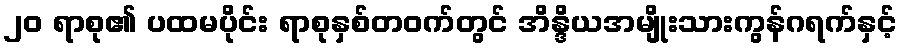
၂၀ ရာစု၏ ပထမပိုင်း ရာစုနှစ်တဝက်တွင် အိန္ဒိယအမျိုးသားကွန်ဂရက်နှင့်